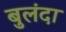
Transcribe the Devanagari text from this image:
बुलंदा